Indian journal of veterinary science and animal husbandry - Volume 7,
Year: 1937
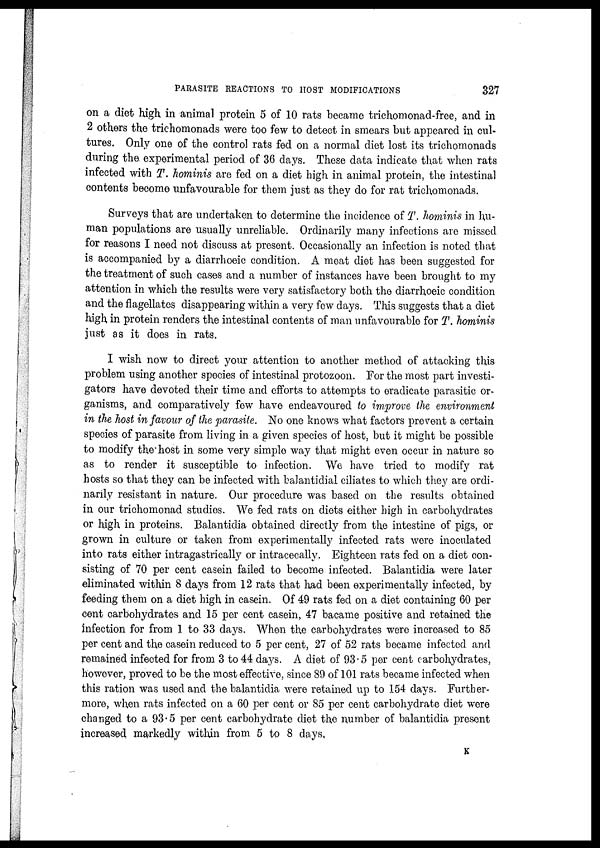
PARASITE REACTIONS TO HOST MODIFICATIONS
327
on a diet high in animal protein 5 of 10 rats became trichomonad-free, and in
2 others the trichomonads were too few to detect in smears but appeared in cul-
tures. Only one of the control rats fed on a normal diet lost its trichomonads
during the experimental period of 36 days. These data indicate that when rats
infected with T. hominis are fed on a diet high in animal protein, the intestinal
contents become unfavourable for them just as they do for rat trichomonads.
Surveys that are undertaken to determine the incidence of T. hominis in hu-
man populations are usually unreliable. Ordinarily many infections are missed
for reasons I need not discuss at present. Occasionally an infection is noted that
is accompanied by a diarrhoeic condition. A meat diet has been suggested for
the treatment of such cases and a number of instances have been brought to my
attention in which the results were very satisfactory both the diarrhoeic condition
and the flagellates disappearing within a very few days. This suggests that a diet
high in protein renders the intestinal contents of man unfavourable for T. hominis
just as it does in rats.
I wish now to direct your attention to another method of attacking this
problem using another species of intestinal protozoon. For the most part investi-
gators have devoted their time and efforts to attempts to eradicate parasitic or-
ganisms, and comparatively few have endeavoured to improve the environment
in the host in favour of the parasite. No one knows what factors prevent a certain
species of parasite from living in a given species of host, but it might be possible
to modify the host in some very simple way that might even occur in nature so
as to render it susceptible to infection. We have tried to modify rat
hosts so that they can be infected with balantidial ciliates to which they are ordi-
narily resistant in nature. Our procedure was based on the results obtained
in our trichomonad studies. We fed rats on diets either high in carbohydrates
or high in proteins. Balantidia obtained directly from the intestine of pigs, or
grown in culture or taken from experimentally infected rats were inoculated
into rats either intragastrically or intracecally. Eighteen rats fed on a diet con-
sisting of 70 per cent casein failed to become infected. Balantidia were later
eliminated within 8 days from 12 rats that had been experimentally infected, by
feeding them on a diet high in casein. Of 49 rats fed on a diet containing 60 per
cent carbohydrates and 15 per cent casein, 47 bacame positive and retained the
infection for from 1 to 33 days. When the carbohydrates were increased to 85
per cent and the casein reduced to 5 per cent, 27 of 52 rats became infected and
remained infected for from 3 to 44 days. A diet of 93.5 per cent carbohydrates,
however, proved to be the most effective, since 89 of 101 rats became infected when
this ration was used and the balantidia were retained up to 154 days. Further-
more, when rats infected on a 60 per cent or 85 per cent carbohydrate diet were
changed to a 93.5 per cent carbohydrate diet the number of balantidia present
increased markedly within from 5 to 8 days,
K